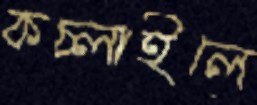
কচ্‌লাইলে